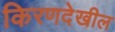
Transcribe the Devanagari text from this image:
किरणदेखील